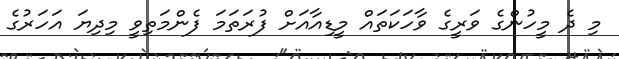
މި ދެ މީހުންގެ ވަރީގެ ވާހަކަތައް މީޑިއާއަށް ފުރަތަމަ ފެންމަތިވީ މިދިޔަ އަހަރުގެ